Annual report on the Civil Veterinary Department, Burma (including the Insein Veterinary School) - 1932-1941
Year: 1932
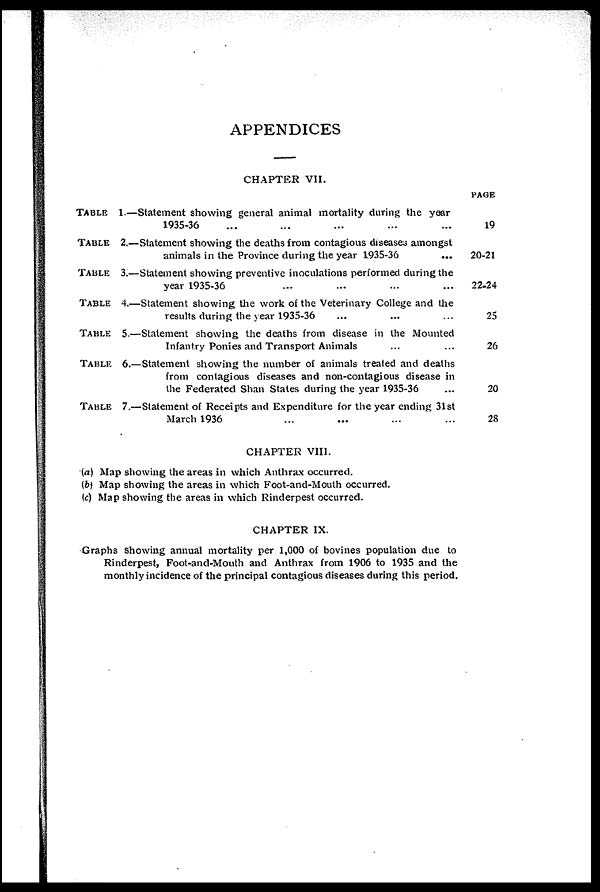
APPENDICES
CHAPTER VII.
TABLE
1.—
TABLE
2.—
TABLE
3.—
TABLE
4.—
TABLE
5.—
TABLE
6.—
TABLE
7.—
Statement showing general animal mortality during the year
1935-36 ... ... ... ... ...
Statement showing the deaths from contagious diseases amongst
animals in the Province during the year 1935-36 ...
Statement showing preventive inoculations performed during the
year 1935-36 ... ... ... ...
Statement showing the work of the Veterinary College and the
results during the year 1935-36 ... ... ...
Statement showing the deaths from disease in the Mounted
Infantry Ponies and Transport Animals ... ...
Statement showing the number of animals treated and deaths
from contagious diseases and non-contagious disease in
the Federated Shan States during the year 1935-36
Statement of Receipts and Expenditure for the year ending 31st
March 1936 ... ... ... ...
PAGE
19
20-21
22-24
25
26
20
28
CHAPTER VIII.
(a) Map showing the areas in which Anthrax occurred.
(b) Map showing the areas in which Foot-and-Mouth occurred.
(c) Map showing the areas in which Rinderpest occurred.
CHAPTER IX.
Graphs showing annual mortality per 1,000 of bovines population due to
Rinderpest, Foot-and-Mouth and Anthrax from 1906 to 1935 and the
monthly incidence of the principal contagious diseases during this period.